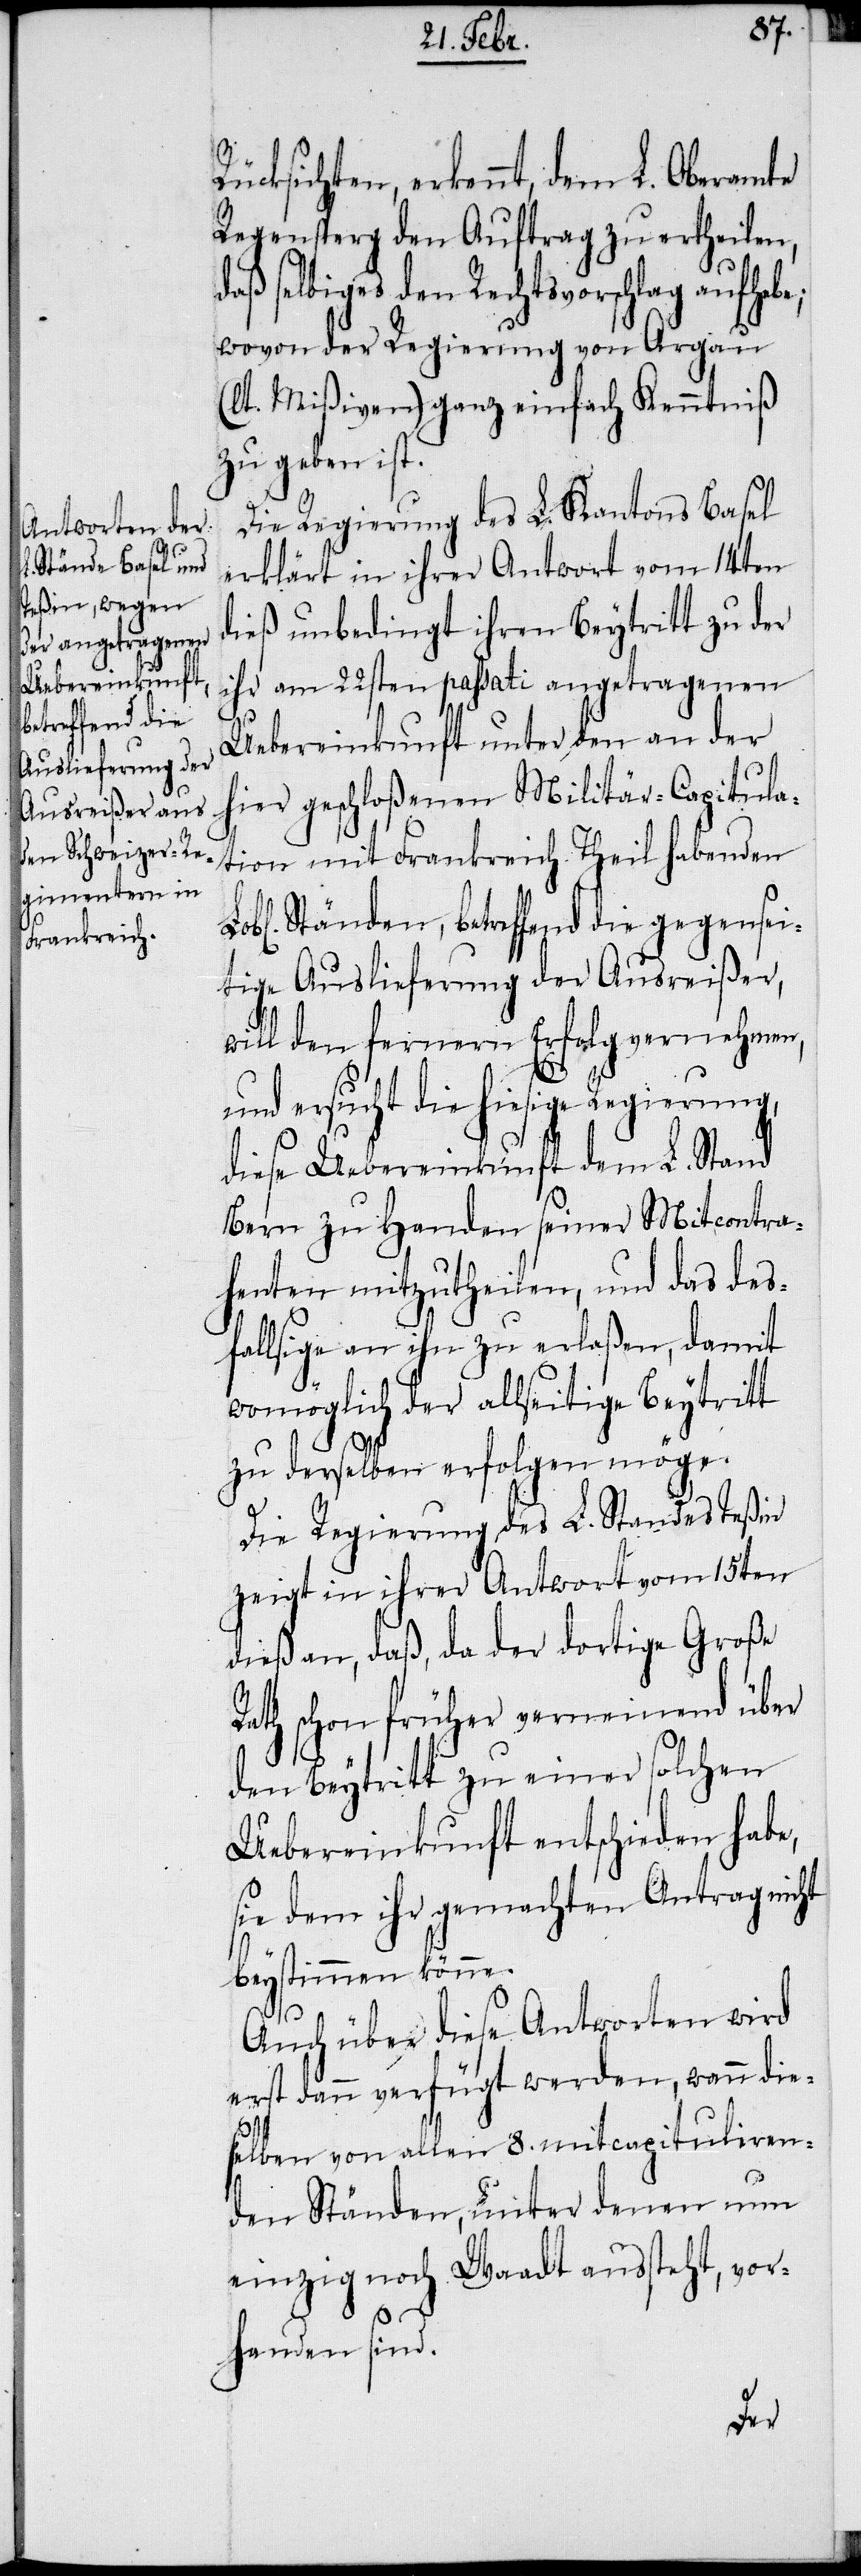
Rücksichten, erkennt, dem
Regensperg den Auftrag zu ertheilen,
daß selbiges den Rechtsvorschlag aufhebe;
wovon der Regierung von Argau
(lt. Mißiven) ganz einfach Kenntniß
zu geben ist.
Die Regierung des L. Kantons Basel
erklärt in ihrer Antwort vom 14ten
dieß unbedingt ihren Beytritt zu der
ihr am 22sten passati angetragenen
Uebereinkunft unter den an der
hier geschloßenen Militär-Capitula¬
tion mit Frankreich Theil habenden
Ständen, betreffend die gegensei¬
tige Auslieferung der Ausreißer,
will den fernern Erfolg vernehmen,
und ersucht die hiesige Regierung,
diese Uebereinkunft dem L. Stand
Bern zu Handen seiner Mitcontra¬
henten mitzutheilen, und das des¬
fallsige an ihn zu erlaßen, damit
womöglich der allseitige Beytritt
zu derselben erfolgen möge.
Die Regierung des L. Standes Teßin
zeigt in ihrer Antwort vom 15ten
dieß an, daß, da der dortige Große
Rath schon früher verneinend über
den Beytritt zu einer solchen
Uebereinkunft entschieden habe,
sie dem ihr gemachten Antrag nicht
beystimmen könne.
Auch über diese Antworten wird
erst dann verfügt werden, wann die¬
selben von allen 8. mitcapituliren¬
den Ständen, unter denen nun
einzig noch Waadt aussteht, vor¬
handen sind.